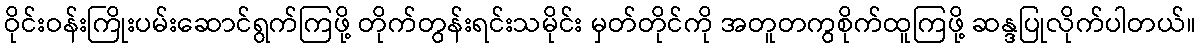
ဝိုင်းဝန်းကြိုးပမ်းဆောင်ရွက်ကြဖို့ တိုက်တွန်းရင်းသမိုင်း မှတ်တိုင်ကို အတူတကွစိုက်ထူကြဖို့ ဆန္ဒပြုလိုက်ပါတယ်။